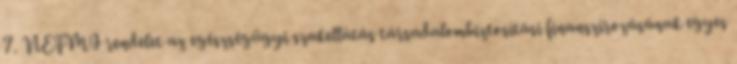
7. NEFMI rendelet az egészségügyi szakellátás társadalombiztosítási finanszírozásának egyes